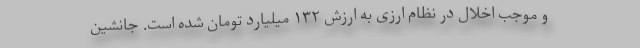
و موجب اخلال در نظام ارزی به ارزش ۱۳۲ میلیارد تومان شده است. جانشین